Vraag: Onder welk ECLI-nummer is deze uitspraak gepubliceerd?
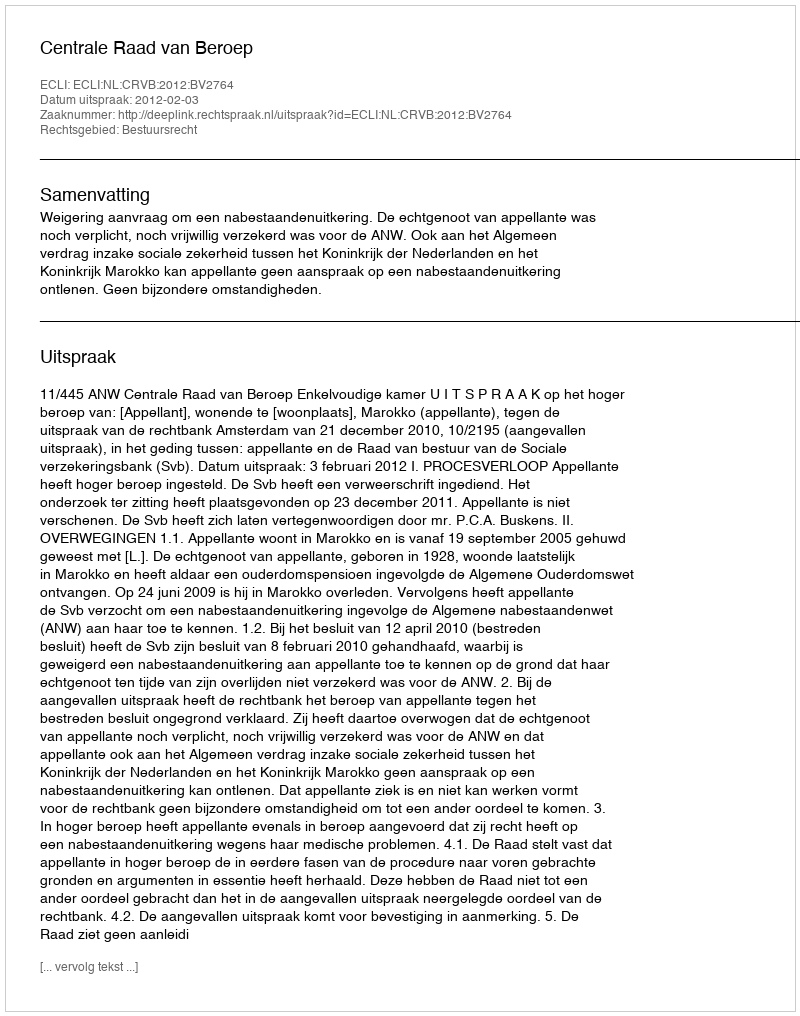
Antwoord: ECLI:NL:CRVB:2012:BV2764